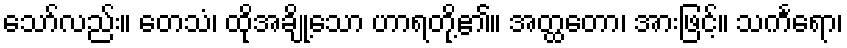
သော်လည်း။ တေသံ၊ ထိုအချို့သော ဟာရတို့၏။ အတ္ထတော၊ အားဖြင့်။ သင်္ကရော၊